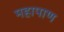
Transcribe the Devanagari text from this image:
महापाण